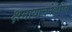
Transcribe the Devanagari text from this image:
क्षमायाचनेकरिता